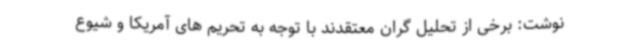
نوشت: برخی از تحلیل گران معتقدند با توجه به تحریم های آمریکا و شیوع